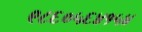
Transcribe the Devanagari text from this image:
९८६०५६४१५४